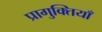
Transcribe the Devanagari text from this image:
प्रागुक्तियाँ